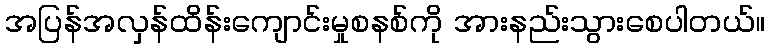
အပြန်အလှန်ထိန်းကျောင်းမှုစနစ်ကို အားနည်းသွားစေပါတယ်။